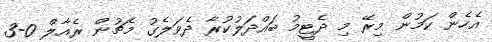
އެހެން ކަމުން މިރޭ މި ދެޓީމު ބައްދަލުކުރާ ދެވަލެގު މެޗުން ރެއާލް 0-3